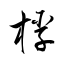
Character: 桴